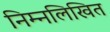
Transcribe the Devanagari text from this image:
निम्‍नलिखित